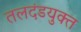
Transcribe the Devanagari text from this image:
तलदंडयुक्त